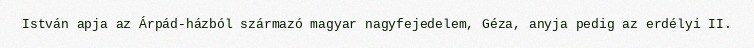
István apja az Árpád-házból származó magyar nagyfejedelem, Géza, anyja pedig az erdélyi II.